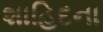
શાહિદના